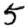
Digit: 5